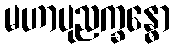
မဟာပုညက္ခန္ဓော